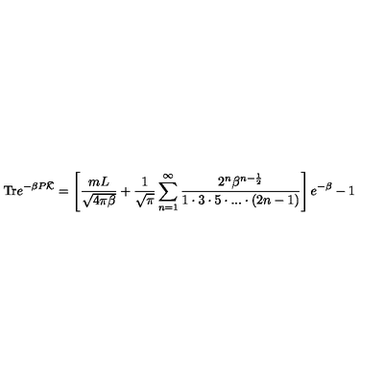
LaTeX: \mathrm { T r } e ^ { - \beta P \bar { \cal K } } = \left[ \frac { m L } { \sqrt { 4 \pi \beta } } + \frac { 1 } { \sqrt { \pi } } \sum _ { n = 1 } ^ { \infty } \frac { 2 ^ { n } \beta ^ { n - \frac { 1 } { 2 } } } { 1 \cdot 3 \cdot 5 \cdot . . . \cdot ( 2 n - 1 ) } \right] e ^ { - \beta } - 1